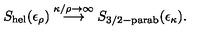
S _ { \mathrm { h e l } } ( \epsilon _ { \rho } ) \stackrel { \kappa / \rho \rightarrow \infty } { \longrightarrow } S _ { \mathrm { 3 / 2 - p a r a b } } ( \epsilon _ { \kappa } ) .